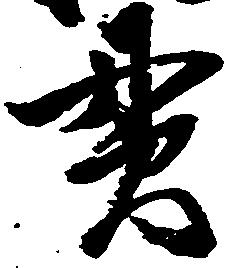
貫